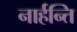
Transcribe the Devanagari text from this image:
नार्हन्ति